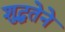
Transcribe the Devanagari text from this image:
शुद्धतेने